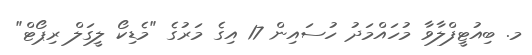
މ. ބިއުޓީފްލާވާ މުހައްމަދު ހުސައިން 17 އިގެ މަރުގެ "މެޑިކޯ ލީގަލް ރިޕޯޓް"